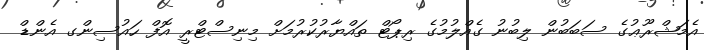
އެމަޝްރޫޢުގެ ސަބަބުން ލިބުނު ގެއްލުމުގެ ރިޕޯޓް ތައްޔާރުކުރުމަށް މިނިސްޓްރީ އޮފް ހައުސިންގ އެންޑް